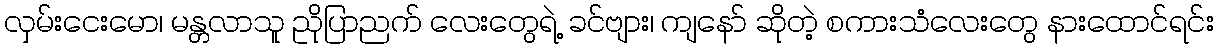
လှမ်းငေးမော၊ မန္တလာသူ ညိုပြာညက် လေးတွေရဲ့ ခင်ဗျား၊ ကျနော် ဆိုတဲ့ စကားသံလေးတွေ နားထောင်ရင်း